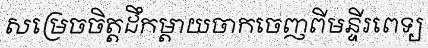
សម្រេចចិត្តដឹកម្តាយចាកចេញពីមន្ទីរពេទ្យ